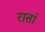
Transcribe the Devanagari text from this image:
रातां